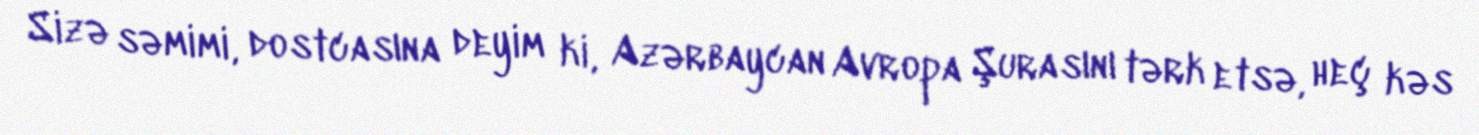
Sizə səmimi, dostcasına deyim ki, Azərbaycan Avropa Şurasını tərk etsə, heç kəs